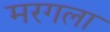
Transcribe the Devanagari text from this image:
मरगला